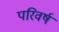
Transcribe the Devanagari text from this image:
परिवर्ष